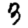
Digit: 3